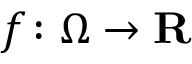
f \colon \Omega \rightarrow \mathbf { R }